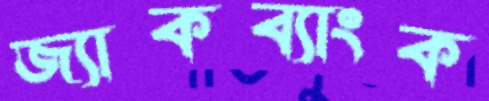
জ্যাকব্যাংক